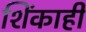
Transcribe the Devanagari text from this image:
शिंकाही